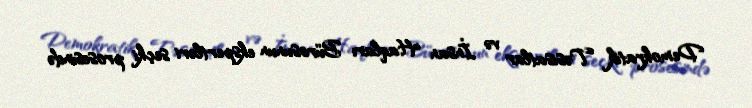
Demokratik Təsisatlar və İnsan Haqları Bürosunun ekspertləri seçki prosesində